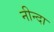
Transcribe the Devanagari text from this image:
नीन्दा